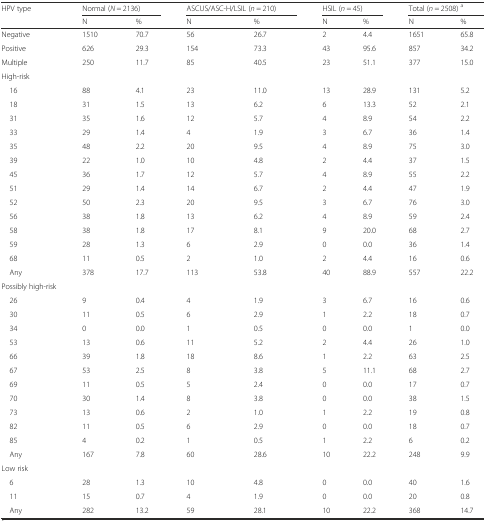
<table><thead><tr><td><b>HPV type</b></td><td colspan="2"><b>Normal (<i>N</i> = 2136)</b></td><td colspan="2"><b>ASCUS/ASC-H/LSIL (<i>n</i> = 210)</b></td><td colspan="2"><b>HSIL (<i>n</i> = 45)</b></td><td colspan="2"><b>Total (<i>n</i> = 2508) <sup>a</sup></b></td></tr><tr><td></td><td><b>N</b></td><td><b>%</b></td><td><b>N</b></td><td><b>%</b></td><td><b>N</b></td><td><b>%</b></td><td><b>N</b></td><td><b>%</b></td></tr></thead><tbody><tr><td>Negative</td><td>1510</td><td>70.7</td><td>56</td><td>26.7</td><td>2</td><td>4.4</td><td>1651</td><td>65.8</td></tr><tr><td>Positive</td><td>626</td><td>29.3</td><td>154</td><td>73.3</td><td>43</td><td>95.6</td><td>857</td><td>34.2</td></tr><tr><td>Multiple</td><td>250</td><td>11.7</td><td>85</td><td>40.5</td><td>23</td><td>51.1</td><td>377</td><td>15.0</td></tr><tr><td>High-risk</td><td></td><td></td><td></td><td></td><td></td><td></td><td></td><td></td></tr><tr><td> 16</td><td>88</td><td>4.1</td><td>23</td><td>11.0</td><td>13</td><td>28.9</td><td>131</td><td>5.2</td></tr><tr><td> 18</td><td>31</td><td>1.5</td><td>13</td><td>6.2</td><td>6</td><td>13.3</td><td>52</td><td>2.1</td></tr><tr><td> 31</td><td>35</td><td>1.6</td><td>12</td><td>5.7</td><td>4</td><td>8.9</td><td>54</td><td>2.2</td></tr><tr><td> 33</td><td>29</td><td>1.4</td><td>4</td><td>1.9</td><td>3</td><td>6.7</td><td>36</td><td>1.4</td></tr><tr><td> 35</td><td>48</td><td>2.2</td><td>20</td><td>9.5</td><td>4</td><td>8.9</td><td>75</td><td>3.0</td></tr><tr><td> 39</td><td>22</td><td>1.0</td><td>10</td><td>4.8</td><td>2</td><td>4.4</td><td>37</td><td>1.5</td></tr><tr><td> 45</td><td>36</td><td>1.7</td><td>12</td><td>5.7</td><td>4</td><td>8.9</td><td>55</td><td>2.2</td></tr><tr><td> 51</td><td>29</td><td>1.4</td><td>14</td><td>6.7</td><td>2</td><td>4.4</td><td>47</td><td>1.9</td></tr><tr><td> 52</td><td>50</td><td>2.3</td><td>20</td><td>9.5</td><td>3</td><td>6.7</td><td>76</td><td>3.0</td></tr><tr><td> 56</td><td>38</td><td>1.8</td><td>13</td><td>6.2</td><td>4</td><td>8.9</td><td>59</td><td>2.4</td></tr><tr><td> 58</td><td>38</td><td>1.8</td><td>17</td><td>8.1</td><td>9</td><td>20.0</td><td>68</td><td>2.7</td></tr><tr><td> 59</td><td>28</td><td>1.3</td><td>6</td><td>2.9</td><td>0</td><td>0.0</td><td>36</td><td>1.4</td></tr><tr><td> 68</td><td>11</td><td>0.5</td><td>2</td><td>1.0</td><td>2</td><td>4.4</td><td>16</td><td>0.6</td></tr><tr><td> Any</td><td>378</td><td>17.7</td><td>113</td><td>53.8</td><td>40</td><td>88.9</td><td>557</td><td>22.2</td></tr><tr><td>Possibly high-risk</td><td></td><td></td><td></td><td></td><td></td><td></td><td></td><td></td></tr><tr><td> 26</td><td>9</td><td>0.4</td><td>4</td><td>1.9</td><td>3</td><td>6.7</td><td>16</td><td>0.6</td></tr><tr><td> 30</td><td>11</td><td>0.5</td><td>6</td><td>2.9</td><td>1</td><td>2.2</td><td>18</td><td>0.7</td></tr><tr><td> 34</td><td>0</td><td>0.0</td><td>1</td><td>0.5</td><td>0</td><td>0.0</td><td>1</td><td>0.0</td></tr><tr><td> 53</td><td>13</td><td>0.6</td><td>11</td><td>5.2</td><td>2</td><td>4.4</td><td>26</td><td>1.0</td></tr><tr><td> 66</td><td>39</td><td>1.8</td><td>18</td><td>8.6</td><td>1</td><td>2.2</td><td>63</td><td>2.5</td></tr><tr><td> 67</td><td>53</td><td>2.5</td><td>8</td><td>3.8</td><td>5</td><td>11.1</td><td>68</td><td>2.7</td></tr><tr><td> 69</td><td>11</td><td>0.5</td><td>5</td><td>2.4</td><td>0</td><td>0.0</td><td>17</td><td>0.7</td></tr><tr><td> 70</td><td>30</td><td>1.4</td><td>8</td><td>3.8</td><td>0</td><td>0.0</td><td>38</td><td>1.5</td></tr><tr><td> 73</td><td>13</td><td>0.6</td><td>2</td><td>1.0</td><td>1</td><td>2.2</td><td>19</td><td>0.8</td></tr><tr><td> 82</td><td>11</td><td>0.5</td><td>6</td><td>2.9</td><td>0</td><td>0.0</td><td>18</td><td>0.7</td></tr><tr><td> 85</td><td>4</td><td>0.2</td><td>1</td><td>0.5</td><td>1</td><td>2.2</td><td>6</td><td>0.2</td></tr><tr><td> Any</td><td>167</td><td>7.8</td><td>60</td><td>28.6</td><td>10</td><td>22.2</td><td>248</td><td>9.9</td></tr><tr><td>Low risk</td><td></td><td></td><td></td><td></td><td></td><td></td><td></td><td></td></tr><tr><td> 6</td><td>28</td><td>1.3</td><td>10</td><td>4.8</td><td>0</td><td>0.0</td><td>40</td><td>1.6</td></tr><tr><td> 11</td><td>15</td><td>0.7</td><td>4</td><td>1.9</td><td>0</td><td>0.0</td><td>20</td><td>0.8</td></tr><tr><td> Any</td><td>282</td><td>13.2</td><td>59</td><td>28.1</td><td>10</td><td>22.2</td><td>368</td><td>14.7</td></tr></tbody></table>